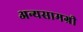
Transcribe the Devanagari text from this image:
अन्यसामग्री